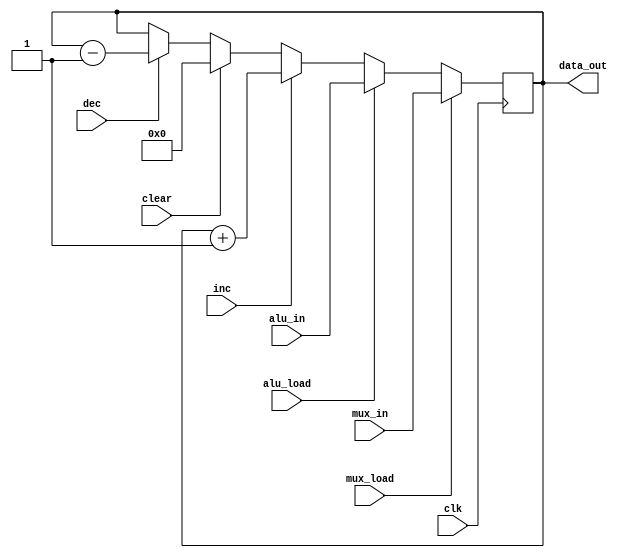
module regAC (clk, alu_load, mux_load, inc, clear, dec, alu_in, mux_in, data_out);

	input clk, alu_load, mux_load, inc, clear, dec;
	input [15:0] alu_in, mux_in;
	output reg [15:0] data_out = 16'b0000000000000000;
	
	always @(posedge clk)
	begin
		if (mux_load) data_out <= mux_in;
		else if (alu_load) data_out <= alu_in;
		else if (inc) data_out <= data_out + 16'b0000000000000001;
		else if (clear) data_out <= 16'b0000000000000000;
		else if (dec) data_out <= data_out - 16'b0000000000000001;
		else data_out <= data_out;
	end
	
endmodule